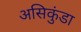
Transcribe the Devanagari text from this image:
असिकुंडा